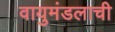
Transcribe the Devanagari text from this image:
वायुमंडलाची